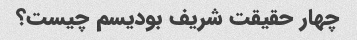
چهار حقیقت شریف بودیسم چیست؟